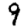
Digit: 9